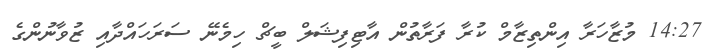
14:27 މުޒާހަރާ އިންތިޒާމް ކުރާ ފަރާތުުން އާޓިފިޝަލް ބީޗް ހިމެނޭ ސަރަހައްދާއި ޒުވާނުންގެ